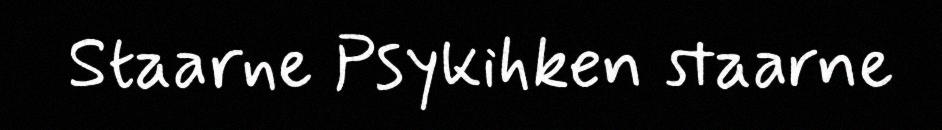
Staarne Psykihken staarne